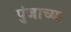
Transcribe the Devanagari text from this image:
पुंजाच्या